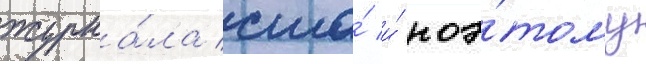
журна́ла сша́ и́ поэ́тому